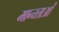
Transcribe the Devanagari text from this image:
मान्य्ताओं